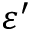
\varepsilon ^ { \prime }